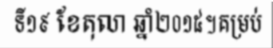
ទី១៩ ខែតុលា ឆ្នាំ២០១៥។គម្រប់